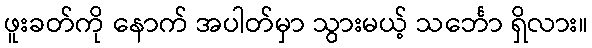
ဖူးခတ်ကို နောက် အပါတ်မှာ သွားမယ့် သင်္ဘော ရှိလား။